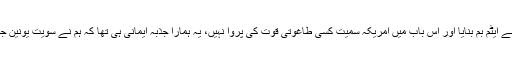
یہ ملک اسلام کا قَلعہ تھا (ہے) اور اِس قلعے کو مضبوط بنانے کی غرض سے ہم نے ایٹم بم بنایا اور اس باب میں امریکہ سمیت کسی طاغوتی قوت کی پروا نہیں، یہ ہمارا جذبہ ایمانی ہی تھا کہ ہم نے سویت یونین جیسی سپر پاور کے ٹکڑے کر دیے، مقصد صرف ایک تھا، اپنے دین کی سر بلندی۔